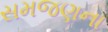
સમજણના